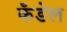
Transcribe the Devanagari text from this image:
कँडेल